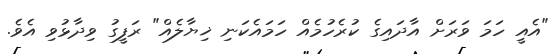
"އެއީ ހަމަ ވަރަށް އާދައިގެ ކުރެހުމެއް ހަމައެކަނި ޚިޔާލެއް" ރަފީގު ވިދާޅުވި އެވެ.